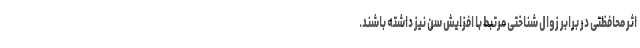
اثر محافظتی در برابر زوال شناختی مرتبط با افزایش سن نیز داشته باشند.